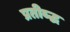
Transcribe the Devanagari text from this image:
प्रतीब्द्ध